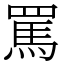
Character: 罵